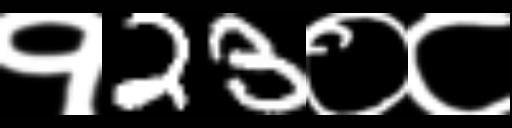
Text: १23०८